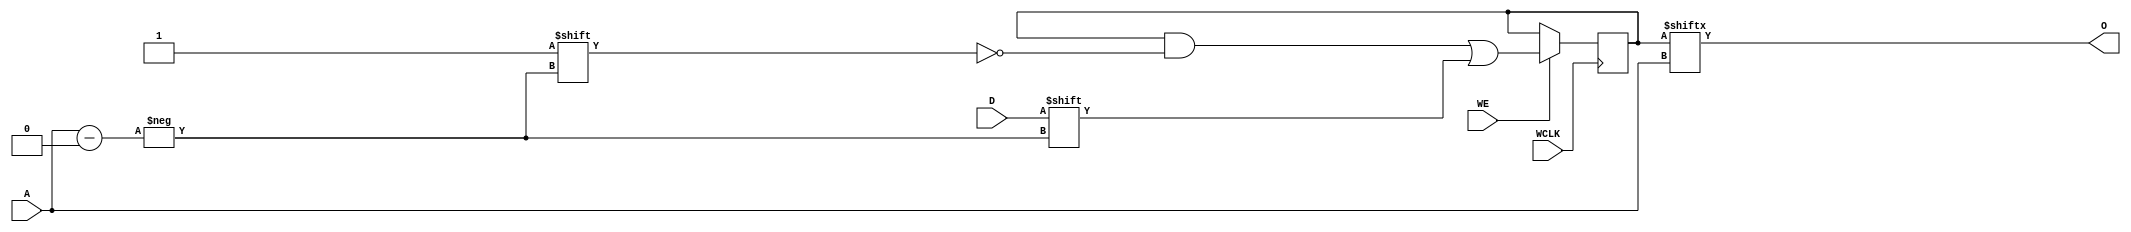
// $Header: /devl/xcs/repo/env/Databases/CAEInterfaces/verunilibs/data/rainier/RAM256X1S.v,v 1.5 2006/06/23 21:24:41 yanx Exp $
///////////////////////////////////////////////////////////////////////////////
// Copyright (c) 1995/2004 Xilinx, Inc.
// All Right Reserved.
///////////////////////////////////////////////////////////////////////////////
//   ____  ____
//  /   /\/   /
// /___/  \  /    Vendor : Xilinx
// \   \   \/     Version : 10.1
//  \   \         Description : Xilinx Functional Simulation Library Component
//  /   /                  Static Synchronous RAM 256-Deep by 1-Wide
// /___/   /\     Filename : RAM256X1S.v
// \   \  /  \    Timestamp : Thu Mar 25 16:43:32 PST 2004
//  \___\/\___\
//
// Revision:
//    02/07/05 - Initial version.
//    06/22/06 - Change initial to hex (CR 233085).
// End Revision

`timescale  1 ps / 1 ps


module RAM256X1S (O, A, D, WCLK, WE);

    parameter INIT = 256'h0;

    output O;

    input  [7:0] A;
    input  D;
    input  WCLK;
    input  WE;

    reg  [255:0] mem;

    initial
         mem = INIT;

    assign O = mem[A];

    always @(posedge WCLK) 
	if (WE == 1'b1)
	    mem[A] <= #100 D;


endmodule